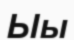
Ыы